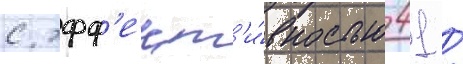
с эфф'ект'и́вностью 41 /